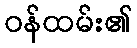
ဝန်ထမ်း၏